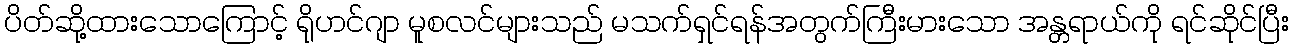
ပိတ်ဆို့ထားသောကြောင့် ရိုဟင်ဂျာ မူစလင်များသည် မသက်ရှင်ရန်အတွက်ကြီးမားသော အန္တရာယ်ကို ရင်ဆိုင်ပြီး